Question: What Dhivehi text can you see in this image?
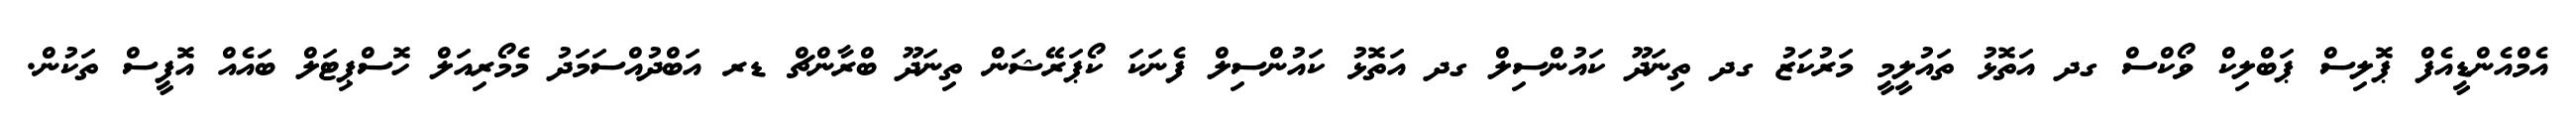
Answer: އެމްއެންޑީއެފް ޕޮލިސް ޕަބްލިކް ވޯކްސް ގދ އަތޮޅު ތައުލީމީ މަރުކަޒު ގދ ތިނަދޫ ކައުންސިލް ގދ އަތޮޅު ކައުންސިލް ފެނަކަ ކޯޕަރޭޝަން ތިނަދޫ ބްރާންޗް ޑރ އަބްދުއްސަމަދު މެމޯރިއަލް ހޮސްޕިޓަލް ބައެއް އޮފީސް ތަކުން.